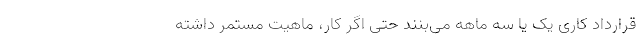
قرارداد کاری یک یا سه ماهه می‌بنند حتی اگر کار، ماهیت مستمر داشته